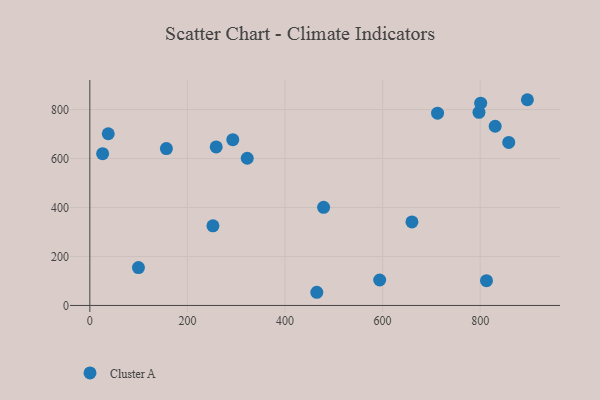
{"axis": {"x": "Distance", "y": "Yield"}, "legend": ["Cluster A"], "data": [{"x": "830.8", "y": 731.8, "type": "Cluster A"}, {"x": "156.9", "y": 640.6, "type": "Cluster A"}, {"x": "797.6", "y": 788.7, "type": "Cluster A"}, {"x": "37.7", "y": 701.3, "type": "Cluster A"}, {"x": "252.3", "y": 325.0, "type": "Cluster A"}, {"x": "858.6", "y": 666.0, "type": "Cluster A"}, {"x": "26.2", "y": 620.0, "type": "Cluster A"}, {"x": "594.1", "y": 103.9, "type": "Cluster A"}, {"x": "479.1", "y": 400.7, "type": "Cluster A"}, {"x": "801.1", "y": 826.1, "type": "Cluster A"}, {"x": "712.7", "y": 785.4, "type": "Cluster A"}, {"x": "660.2", "y": 341.0, "type": "Cluster A"}, {"x": "99.6", "y": 154.5, "type": "Cluster A"}, {"x": "259.0", "y": 647.4, "type": "Cluster A"}, {"x": "896.8", "y": 840.2, "type": "Cluster A"}, {"x": "813.0", "y": 101.1, "type": "Cluster A"}, {"x": "322.6", "y": 601.1, "type": "Cluster A"}, {"x": "465.2", "y": 53.8, "type": "Cluster A"}, {"x": "293.0", "y": 677.2, "type": "Cluster A"}]}